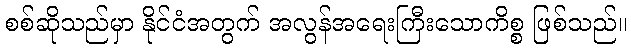
စစ်ဆိုသည်မှာ နိုင်ငံအတွက် အလွန်အရေးကြီးသောကိစ္စ ဖြစ်သည်။